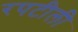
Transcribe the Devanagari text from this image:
रपटीली